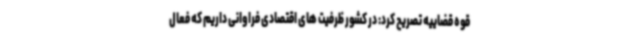
قوه قضاییه تصریح کرد: در کشور ظرفیت های اقتصادی فراوانی داریم که فعال